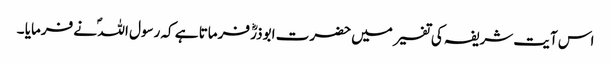
اس آیت شریفہ کی تفسیر میں حضرت ابوذرؓ فرماتا ہے کہ رسول اللہ ؐ نے فرمایا ۔